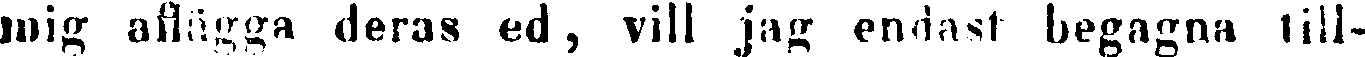
mig aflägga deras ed, vill jag endast begagna till-